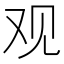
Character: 观